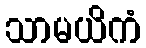
သာမယိကံ